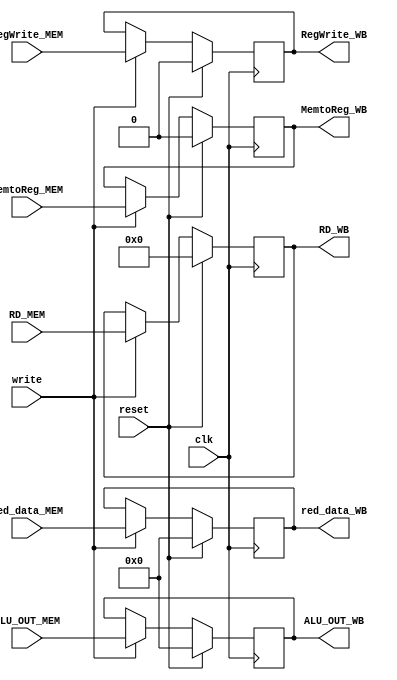
`timescale 1ns / 1ps

module pipeline_mem_wb(
    input clk, reset, write,
    input [31:0] red_data_MEM,
    input [31:0] ALU_OUT_MEM,
    input RegWrite_MEM, MemtoReg_MEM,
    input [4:0] RD_MEM,
    output reg [31:0] red_data_WB,
    output reg [31:0] ALU_OUT_WB,
    output reg RegWrite_WB, MemtoReg_WB,
    output reg [4:0] RD_WB
);
    always@(posedge clk) begin
        if (reset) begin
            red_data_WB <= 32'b0;
            ALU_OUT_WB <= 32'b0;
            RegWrite_WB <= 1'b0;
            MemtoReg_WB <= 1'b0;
            RD_WB <= 5'b0;
        end
        else begin
            if (write) begin
                red_data_WB <= red_data_MEM;
                ALU_OUT_WB <= ALU_OUT_MEM;
                RegWrite_WB <= RegWrite_MEM;
                MemtoReg_WB <= MemtoReg_MEM;
                RD_WB <= RD_MEM;
            end
        end
      end
endmodule